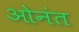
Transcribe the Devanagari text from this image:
ओनंत